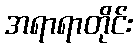
အရာရာတိုင်း